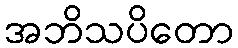
အဘိသပိတော